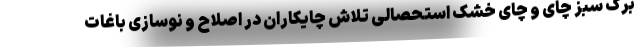
برگ سبز چای و چای خشک استحصالی تلاش چایکاران در اصلاح و نوسازی باغات